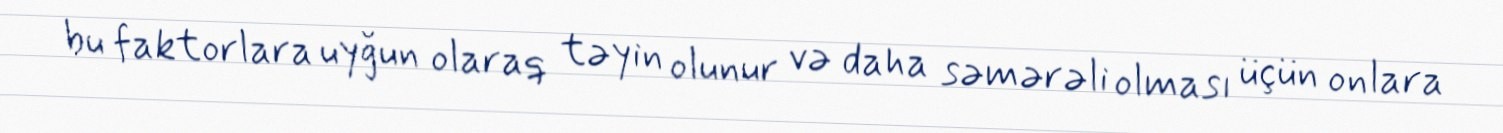
bu faktorlara uyğun olaraq təyin olunur və daha səmərəli olması üçün onlara